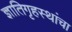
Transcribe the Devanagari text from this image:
ज्ञातिगृहस्थांचा